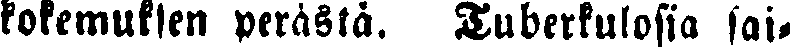
kokemuksen perästä. Tuberkulosia sai-